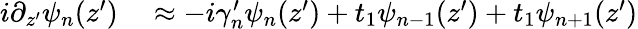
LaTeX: \begin{array}{rl}{i\partial_{z^{\prime}}\psi_{n}(z^{\prime})}&{{}\approx-i\gamma_{n}^{\prime}\psi_{n}(z^{\prime})+t_{1}\psi_{n-1}(z^{\prime})+t_{1}\psi_{n+1}(z^{\prime})}\end{array}